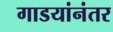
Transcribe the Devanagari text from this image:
गाडयांनंतर